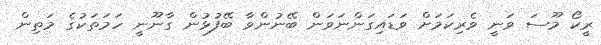
ރީކޯ މޫސަ ވަނީ ވެރިކަމަށް ވަޑައިގަންނަވަން ބޭނުންވާ ބޭފުޅުން ގާނޫނީ ހަމަތަކުގެ މަތިން